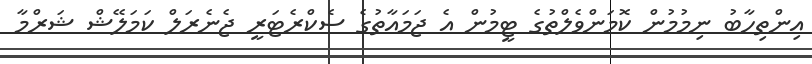
އިންތިހާބު ނިމުމުން ކޮމަންވެލްތުގެ ޓީމުން އެ ޖަމައާތުގެ ސެކްރެޓަރީ ޖެނެރަލް ކަމަލޭޝް ޝަރްމާ